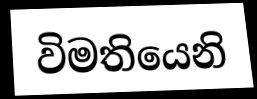
විමතියෙනි